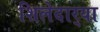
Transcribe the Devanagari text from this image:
शिलेदार्‍या